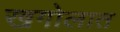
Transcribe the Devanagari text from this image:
खगोलात